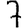
Digit: 7